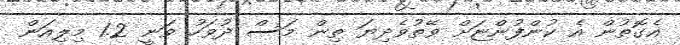
އެގޮތުން އެ ކުންފުންޏަށް ވޭތުވެދިޔަ ތިން މަސް ދުވަހު ވަނީ 1.2 މިލިއަން